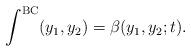
LaTeX: \begin{align*}\int ^{\mathrm{BC}}(y_1 ,y_2 )=\beta (y_1 ,y_2 ;t).\end{align*}